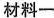
材料一